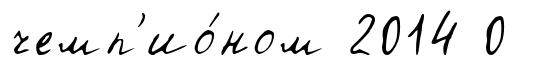
чемп'ио́ном 2014 0